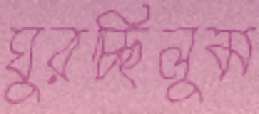
ঘুরচ্ছিলুম